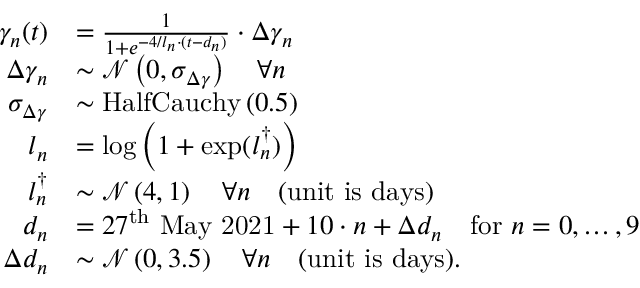
\begin{array} { r l } { \gamma _ { n } ( t ) } & { = \frac { 1 } { 1 + e ^ { - 4 / l _ { n } \cdot ( t - d _ { n } ) } } \cdot \Delta \gamma _ { n } } \\ { \Delta \gamma _ { n } } & { \sim \mathcal { N } \left( 0 , \sigma _ { \Delta \gamma } \right) \quad \forall n } \\ { \sigma _ { \Delta \gamma } } & { \sim \mathrm { H a l f C a u c h y } \left( 0 . 5 \right) } \\ { l _ { n } } & { = \log \left( 1 + \exp ( l _ { n } ^ { \dagger } ) \right) } \\ { l _ { n } ^ { \dagger } } & { \sim \mathcal { N } \left( 4 , 1 \right) \quad \forall n \quad \mathrm { ( u n i t ~ i s ~ d a y s ) } } \\ { d _ { n } } & { = 2 7 ^ { \mathrm { t h } } \mathrm { ~ M a y ~ 2 0 2 1 } + 1 0 \cdot n + \Delta d _ { n } \quad \mathrm { f o r ~ } n = { 0 , \dots , 9 } } \\ { \Delta d _ { n } } & { \sim \mathcal { N } \left( 0 , 3 . 5 \right) \quad \forall n \quad \mathrm { ( u n i t ~ i s ~ d a y s ) } . } \end{array}